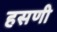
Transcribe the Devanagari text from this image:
हसणी